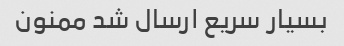
بسیار سریع ارسال شد ممنون